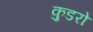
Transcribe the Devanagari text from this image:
कुडरो